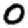
Digit: 0